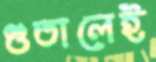
গুতালেই